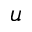
u